Medical and sanitary report of the native army of Bengal for the year
Year: 1877
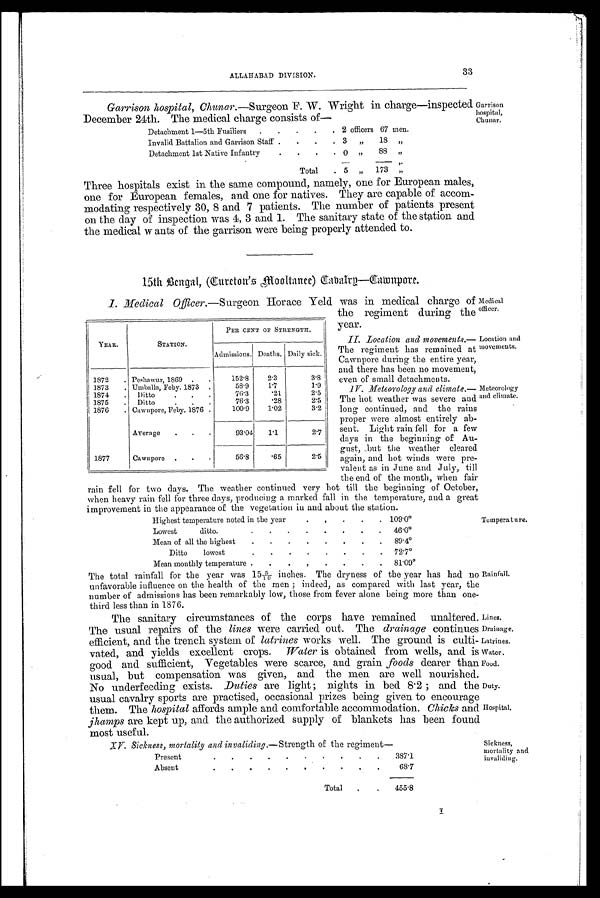
Garrison
hospital,
Chunar.
Medical
officer.
Location and
movements.
Meteorology
and climate.
33
ALLAHABAD DIVISION.
Garrison hospital, Chunar .—Surgeon F. W. Wright in charge—inspected.
December 24th. The medical charge consists of—
Detachment 1—5th Fusiliers .
.
.
.
. 2 officers 67 men.
Invalid Battalion and Garrison Staff .
.
.
. 3
" 18 "
Detachment 1st Native Infantry
.
.
.
. 0
" 88 "
Total
.
—
5
"
1 7 3 "
Three hospitals exist in the same compound, namely, one for European males,
one for European females, and one for natives. They are capable of accom-
modating respectively 30, 8 and 7 patients. The number of patients present
on the day of inspection was 4, 3 and 1. The sanitary state of the station and
the medical w ants of the garrison were being properly attended to.
15th Bengal, (Cureton's Mooltanee) Cabalry—Cawnpore.
I. Medical Officer.—Surgeon Horace Yeld was in medical charge of
the regiment during the
year.
II. Location and movements. —
The regiment has remained at
Cawnpore during the entire year,
and there has been no movement,
even of small detachments.
IV. Meteorology and climate .—
The hot weather was severe and
long continued, and the rains
proper were almost entirely ab-
sent. Light rain fell for a few
days in the beginning of Au-
gust, but the weather cleared
again, and hot winds were pre-
valent as in June and July, till
the end of the month, when fair
rain fell for two days. The weather continued very hot till the beginning of October,
when heavy rain fell for three days, producing a marked fall in the temperature, and a great
improvement in the appearance of the vegetation in and about the station.
Temperature.
YEAR.
STATION.
PER CENT OF STRENGTH.
Admissions. Deaths. Daily sick.
1872
. Peshawar, 1869 .
.
152.8
2.3
3.8
1873
.1 Umballa, Feby. 1873 •
58.9
1 . 7
1.9
1874
. Ditto
76.3
. 2 1
2.5
1875
. Ditto
76.3
. 2 8
2.5
1876
. Cawnpore, Feby. 1876 .
100.9
1.02
3.2
Average
. .
.
93.04 1.1
2.7
1877
Cawnpore .
.
.
56.8
. 6 5
2.5
Highest temperature noted in the year
. .
.
.
. 109.0°L
owest
ditto.
.
.
.
.
.
.
.
. 46.0°M
ean of all the highest
.
.
.
.
.
.
.
. 89.4°D
itto
lowest
.
.
.
.
.
.
.
. 72.7°M
ean monthly temperature .
.
.
,
.
.
.
. 81.09°T
he total rainfall for the year was 15 5/10 inches. The dryness of the year has had no
unfavorable influence on the health of the men ; indeed, as compared with last year, the
number of admissions has been remarkably low, those from fever alone being more than one-
third less than in 1876.
The sanitary circumstances of the corps have remained unaltered.
The usual repairs of the lines were carried out. The drainage continues
efficient, and the trench system of latrines works well. The ground is culti-
vated, and yields excellent crops. Water is obtained from wells, and is
good and sufficient, Vegetables were scarce, and grain foods dearer than
usual, but compensation was given, and the men are well nourished.
No underfeeding exists. Duties are light; nights in bed 8.2 ; and the
usual cavalry sports are practised, occasional prizes being given to encourage
them. The hospital affords ample and comfortable accommodation. Chicks and
jhamps are kept up, and the authorized supply of blankets has been found
most useful.
XV. Sickness, mortality and invaliding.—Strength of the regiment—
Present
.
.
.
.
.
.
.
.
.
.
387.1
Absent
. .
. .
.
. .
. .
.
6 8 . 7
Total .
.
455.8
Rainfall.
Li nesLi nes
Drainage
Latrines.
Water.
Food
Duty,
Hospital.
Sickness,
mortality and.
invaliding.